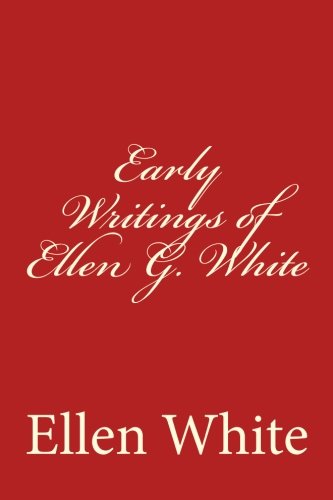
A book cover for Early Writings of Ellen G. White; Mrs. Ellen G. White; Christian Books & Bibles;